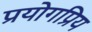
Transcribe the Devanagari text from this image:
प्रयोगप्रिय